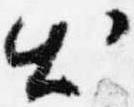
出